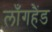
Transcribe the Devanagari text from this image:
लाँगहैंड